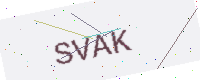
Text: SVAK